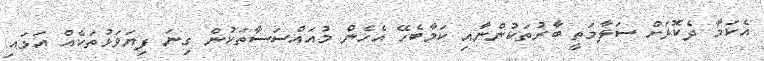
އެކަމާ ދެކޮޅަށް ސަލާމަތީ ބާރުތަކުންނާއި ކަމާބެހޭ އެހެން މުއައްސަސާތަކުން ގިނަ ފިޔަވަޅުތަކެއް އަޅައި